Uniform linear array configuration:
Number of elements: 16
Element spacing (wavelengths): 0.25
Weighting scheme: binomial
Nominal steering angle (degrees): -15
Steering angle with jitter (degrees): -14.925
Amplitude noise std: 0.05
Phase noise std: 0.05

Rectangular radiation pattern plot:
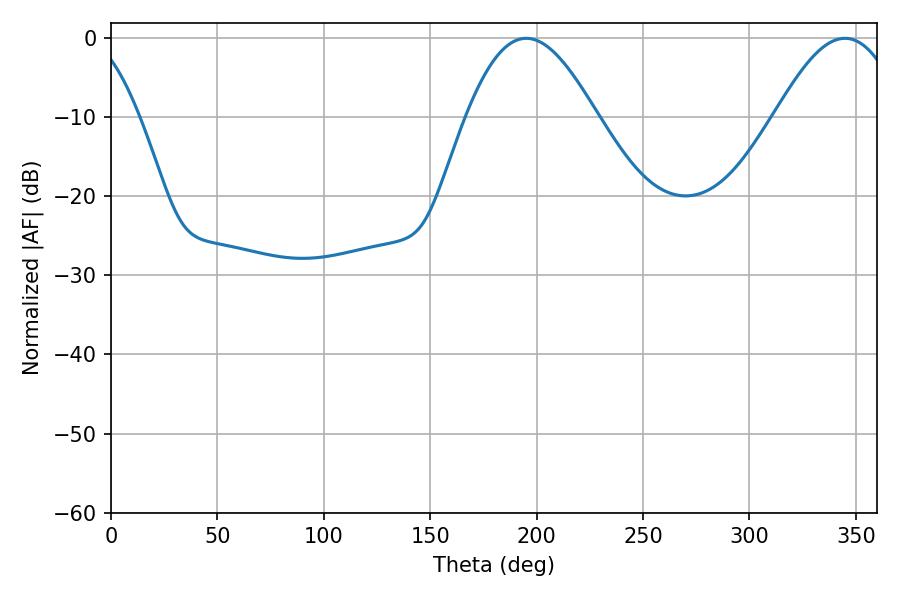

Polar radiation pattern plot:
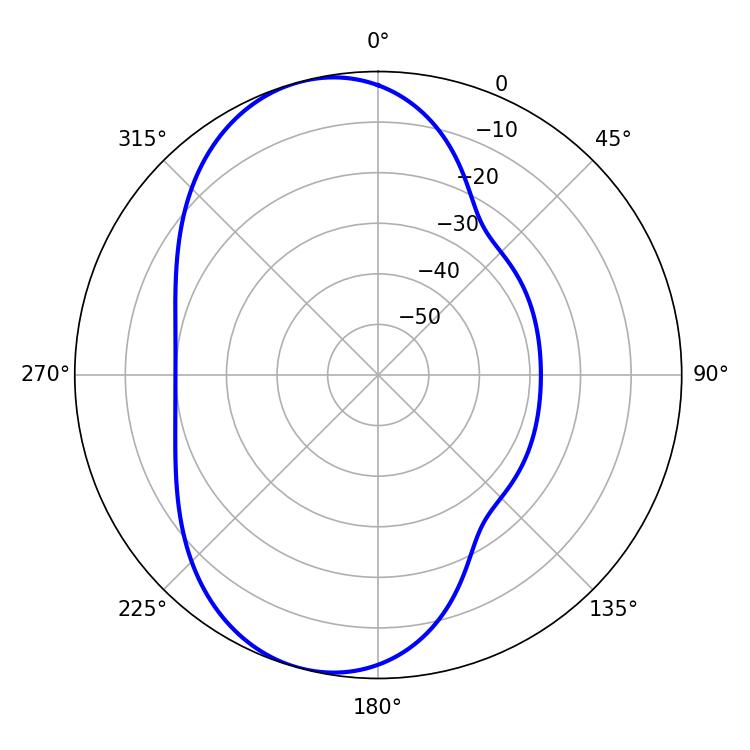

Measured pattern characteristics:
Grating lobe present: FALSE
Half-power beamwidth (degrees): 33.12
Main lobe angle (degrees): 195.12